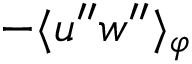
- \langle { u ^ { \prime \prime } w ^ { \prime \prime } } \rangle _ { \varphi }